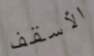
الأسقف